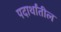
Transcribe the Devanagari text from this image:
पदार्थांतील